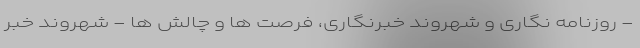
- روزنامه نگاری و شهروند خبرنگاری، فرصت ها و چالش ها - شهروند خبر